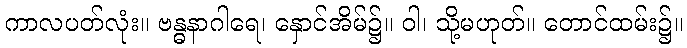
ကာလပတ်လုံး။ ဗန္ဓနာဂါရေ၊ နှောင်အိမ်၌။ ဝါ၊ သို့မဟုတ်။ တောင်ထမ်း၌။